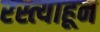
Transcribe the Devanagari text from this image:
रस्त्याहून